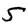
Digit: 5